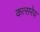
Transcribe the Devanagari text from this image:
कत्सरेय